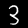
Label: 3